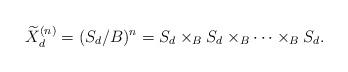
LaTeX: \begin{align*}\widetilde X^{(n)}_d=(S_d/B)^n = S_d \times _B S_d \times _B \cdots \times _B S_d.\end{align*}